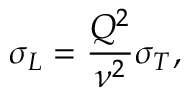
\sigma _ { L } = \frac { Q ^ { 2 } } { \nu ^ { 2 } } \sigma _ { T } ,